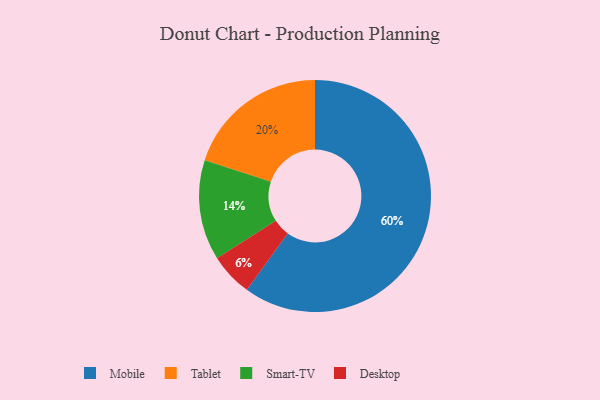
{"axis": {"x": "Category", "y": "Percentage"}, "legend": ["Desktop", "Mobile", "Smart-TV", "Tablet"], "data": [{"x": "Tablet", "y": 20, "type": "Tablet"}, {"x": "Mobile", "y": 60, "type": "Mobile"}, {"x": "Smart-TV", "y": 14, "type": "Smart-TV"}, {"x": "Desktop", "y": 6, "type": "Desktop"}]}